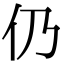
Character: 仍